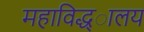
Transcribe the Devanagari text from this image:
महाविद्ध्ालय